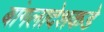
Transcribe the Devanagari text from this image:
बांगलादेशकडे